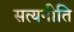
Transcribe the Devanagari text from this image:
सत्यनीति